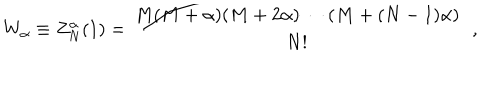
W _ { \alpha } \equiv Z _ { N } ^ { \alpha } ( 1 ) = \frac { M ( M + \alpha ) ( M + 2 \alpha ) \cdots ( M + ( N - 1 ) \alpha ) } { N ! } \, \, \, ,